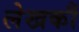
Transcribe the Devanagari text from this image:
लेखकौं